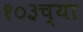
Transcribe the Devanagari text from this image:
१०३च्या